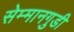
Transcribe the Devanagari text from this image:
सेम्मानगुडी